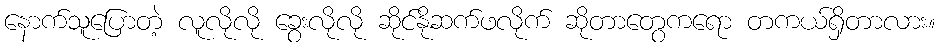
နောက်သူပြောတဲ့ လူလိုလို ခွေးလိုလို ဆိုင်နိုဆက်ဖလိုက် ဆိုတာတွေကရော တကယ်ရှိတာလား။